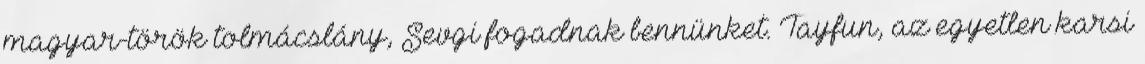
magyar-török tolmácslány, Sevgi fogadnak bennünket. Tayfun, az egyetlen karsi